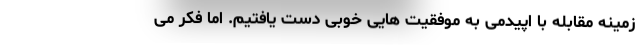
زمینه مقابله با اپیدمی به موفقیت هایی خوبی دست یافتیم. اما فکر می